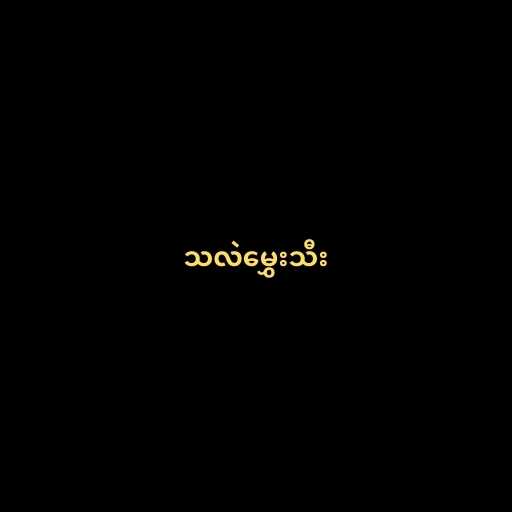
သလဲမွှေးသီး